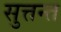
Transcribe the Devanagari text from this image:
सुत्तन्त